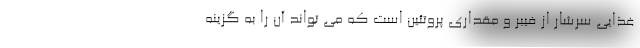
غذایی سرشار از فیبر و مقداری پروتئین است که می تواند آن را به گزینه